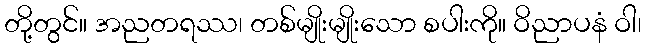
တို့တွင်။ အညတရဿ၊ တစ်မျိုးမျိုးသော စပါးကို။ ဝိညာပနံ ဝါ၊